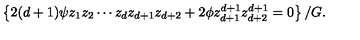
{ \left\{ { 2 ( d + 1 ) \psi { z _ { 1 } } { z _ { 2 } } \cdots { z _ { d } } { z _ { d + 1 } } { z _ { d + 2 } } + 2 \phi { z _ { d + 1 } ^ { d + 1 } } { z _ { d + 2 } ^ { d + 1 } } = 0 } \right\} / G } .